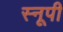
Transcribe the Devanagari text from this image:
स्नूपी